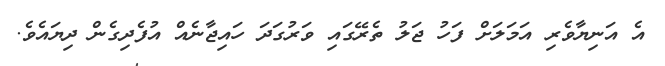
އެ އަނިޔާވެރި އަމަލަށް ފަހު ޖަލު ތެރޭގައި ވަރުގަދަ ހައިޖާނެއް އުފެދިގެން ދިޔައެވެ.